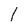
Character: 1